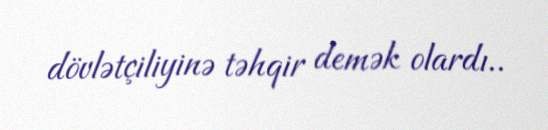
dövlətçiliyinə təhqir demək olardı..